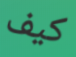
كيف